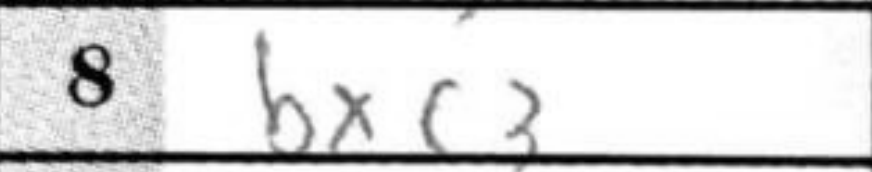
Transcription: bxc3